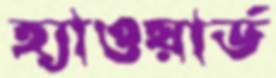
হ্যাওয়ার্ড